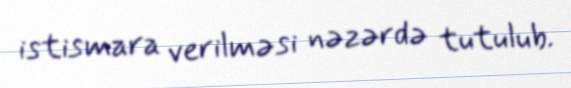
istismara verilməsi nəzərdə tutulub.